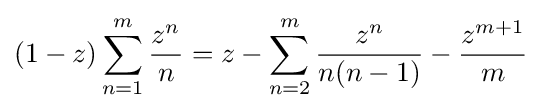
(1-z)\sum _{n=1}^{m}{\frac {z^{n}}{n}}=z-\sum _{n=2}^{m}{\frac {z^{n}}{n(n-1)}}-{\frac {z^{m+1}}{m}}